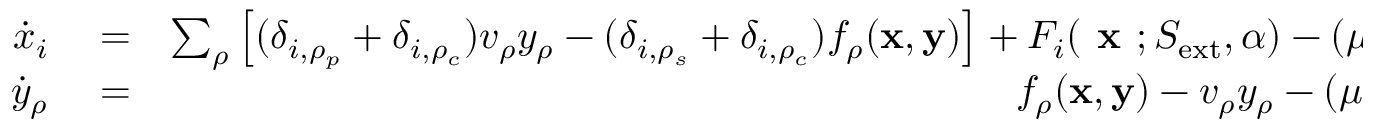
\begin{array} { r l r } { \dot { x } _ { i } } & { { } = } & { \sum _ { \rho } \left[ ( \delta _ { i , \rho _ { p } } + \delta _ { i , \rho _ { c } } ) v _ { \rho } y _ { \rho } - ( \delta _ { i , \rho _ { s } } + \delta _ { i , \rho _ { c } } ) f _ { \rho } ( { \bf x } , { \bf y } ) \right] + F _ { i } ( \textbf { x } ; S _ { \mathrm { e x t } } , \alpha ) - ( \mu + d _ { i } ) x _ { i } , } \\ { \dot { y } _ { \rho } } & { { } = } & { f _ { \rho } ( { \bf x } , { \bf y } ) - v _ { \rho } y _ { \rho } - ( \mu + d _ { \rho } ) y _ { \rho } , } \end{array}